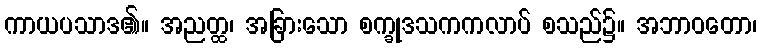
ကာယပသာဒ၏။ အညတ္ထ၊ အခြားသော စက္ခုဒသကကလာပ် စသည်၌။ အဘာဝတော၊